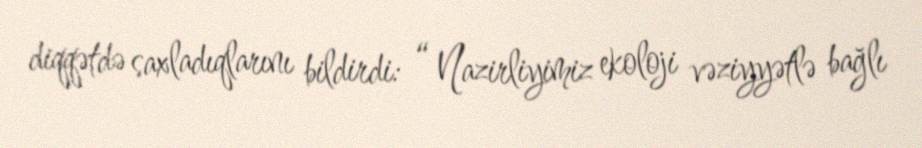
diqqətdə saxladıqlarını bildirdi: “ Nazirliyimiz ekoloji vəziyyətlə bağlı